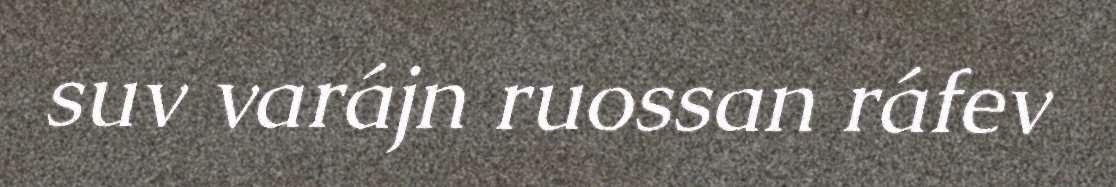
suv varájn ruossan ráfev